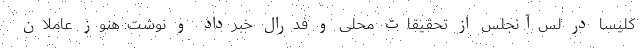
کلیسا در لس‌آنجلس از تحقیقات محلی و فدرال خبرداد و نوشت: هنوز عاملان